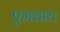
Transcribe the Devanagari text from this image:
एमवाय